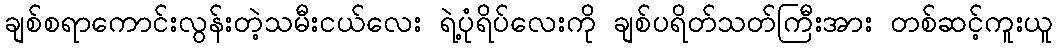
ချစ်စရာကောင်းလွန်းတဲ့သမီးငယ်လေး ရဲ့ပုံရိပ်လေးကို ချစ်ပရိတ်သတ်ကြီးအား တစ်ဆင့်ကူးယူ